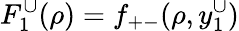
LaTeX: F_{1}^{\cup}(\rho)=f_{+-}(\rho,y_{1}^{\cup})